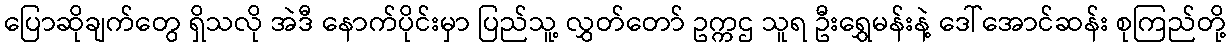
ပြောဆိုချက်တွေ ရှိသလို အဲဒီ နောက်ပိုင်းမှာ ပြည်သူ့ လွှတ်တော် ဥက္ကဌ သူရ ဦးရွှေမန်းနဲ့ ဒေါ်အောင်ဆန်း စုကြည်တို့